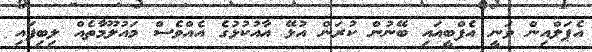
އެޕަލްއިން ވަނީ އެފްބީއައި ބޭނުން ކުރަން އުޅޭ އާއުކުޅުގެ އެއްވެސް މައުލޫމާތެއް ލިބިފައި